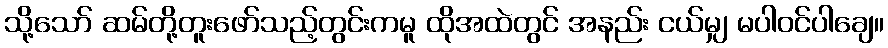
သို့သော် ဆမ်တို့တူးဖော်သည့်တွင်းကမူ ထိုအထဲတွင် အနည်း ငယ်မျှ မပါဝင်ပါချေ။